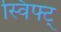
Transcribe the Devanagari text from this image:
स्विफ्ट्